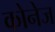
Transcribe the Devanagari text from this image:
कोनेज